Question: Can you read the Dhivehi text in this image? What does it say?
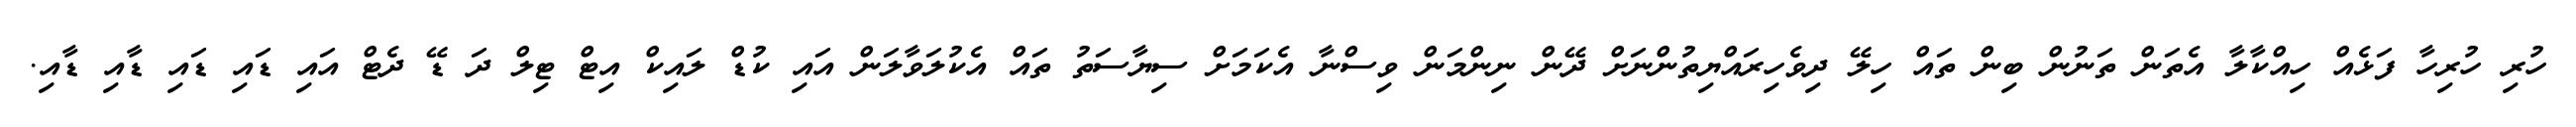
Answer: ހުރި ހުރިހާ ފަޅެއް ހިއްކާލާ އެތަން ތަނުން ބިން ތައް ހިލޭ ދިވެހިރައްޔިތުންނަށް ދޭން ނިންމަން ވިސްނާ އެކަމަށް ސިޔާސަތު ތައް އެކުލަވާލަން އައި ކުޑް ލައިކް އިޓް ޓިލް ދަ ޑޭ ދެޓް އައި ޑައި ޑައި ޑާއި ޑާއި.